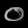
Digit: ၀